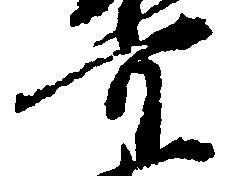
可